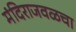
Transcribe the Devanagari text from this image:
मंदिराजवळचा